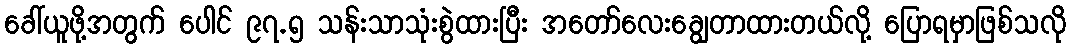
ခေါ်ယူဖို့အတွက် ပေါင် ၉၇.၅ သန်းသာသုံးစွဲထားပြီး အတော်လေးချွေတာထားတယ်လို့ ပြောရမှာဖြစ်သလို